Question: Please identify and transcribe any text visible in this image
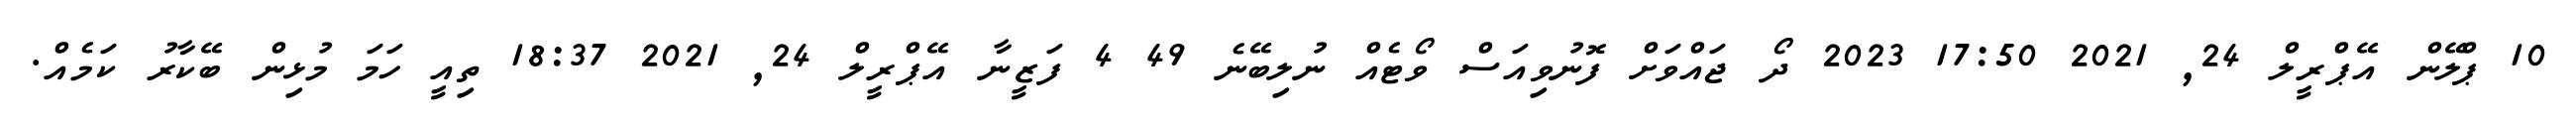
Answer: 10 ޕްލޭން އޭޕްރީލް 24, 2021 17:50 2023 ދޯ ޖައްވަށް ފޮނުވިއަސް ވޯޓެއް ނުލިބޭނެ 49 4 ފަޒީނާ އޭޕްރީލް 24, 2021 18:37 ތިއީ ހަމަ މުޅިން ބޭކާރު ކަމެއް.